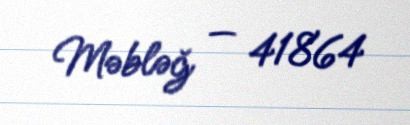
Məbləğ — 41864